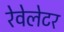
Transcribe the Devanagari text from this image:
रेवेलेटर